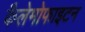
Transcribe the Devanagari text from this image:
कैलेमोफाइटन